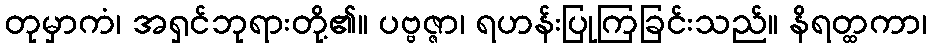
တုမှာကံ၊ အရှင်ဘုရားတို့၏။ ပဗ္ဗဇ္ဇာ၊ ရဟန်းပြုကြခြင်းသည်။ နိရတ္ထကာ၊